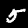
Label: 5